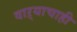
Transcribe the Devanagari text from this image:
वाऱ्याचाही